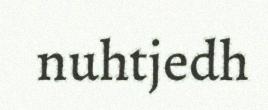
nuhtjedh